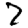
Digit: 7